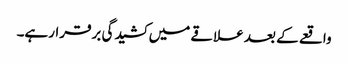
واقعے کے بعد علاقے میں کشیدگی برقرارہے۔